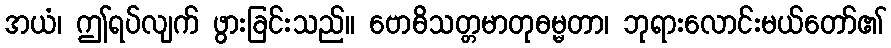
အယံ၊ ဤရပ်လျက် ဖွားခြင်းသည်။ ဗောဓိသတ္တမာတုဓမ္မတာ၊ ဘုရားလောင်းမယ်တော်၏